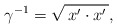
\begin{align*}\gamma^{-1}=\sqrt{\,x^{\prime}\cdot x^{\prime}\,}, \end{align*}